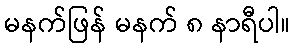
မနက်ဖြန် မနက် ၈ နာရီပါ။